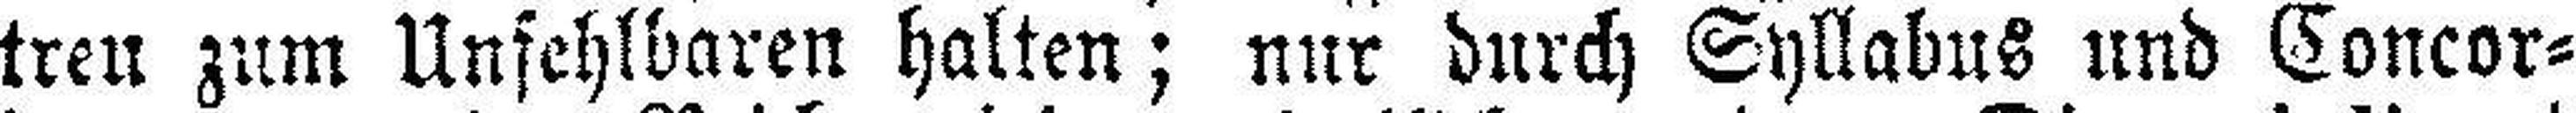
treu zum Unfehlbaren halten; nur durch Syllabus und Concor¬